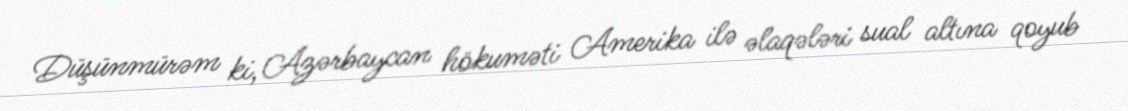
Düşünmürəm ki, Azərbaycan hökuməti Amerika ilə əlaqələri sual altına qoyub